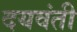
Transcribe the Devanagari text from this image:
दयवंती